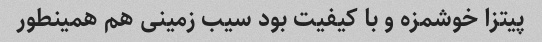
پیتزا خوشمزه و با کیفیت بود سیب زمینی هم همینطور